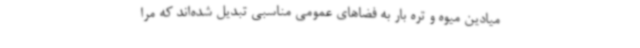
میادین میوه و تره بار به فضاهای عمومی مناسبی تبدیل شده‌اند که مرا